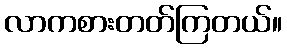
လာကစားတတ်ကြတယ်။